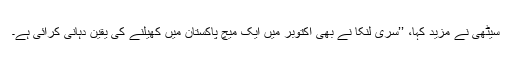
سیٹھی نے مزید کہا، ’’سری لنکا نے بھی اکتوبر میں ایک میچ پاکستان میں کھیلنے کی یقین دہانی کرائی ہے۔